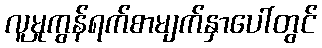
လူမှုကွန်ရက်စာမျက်နှာပေါ်တွင်